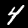
Label: 4